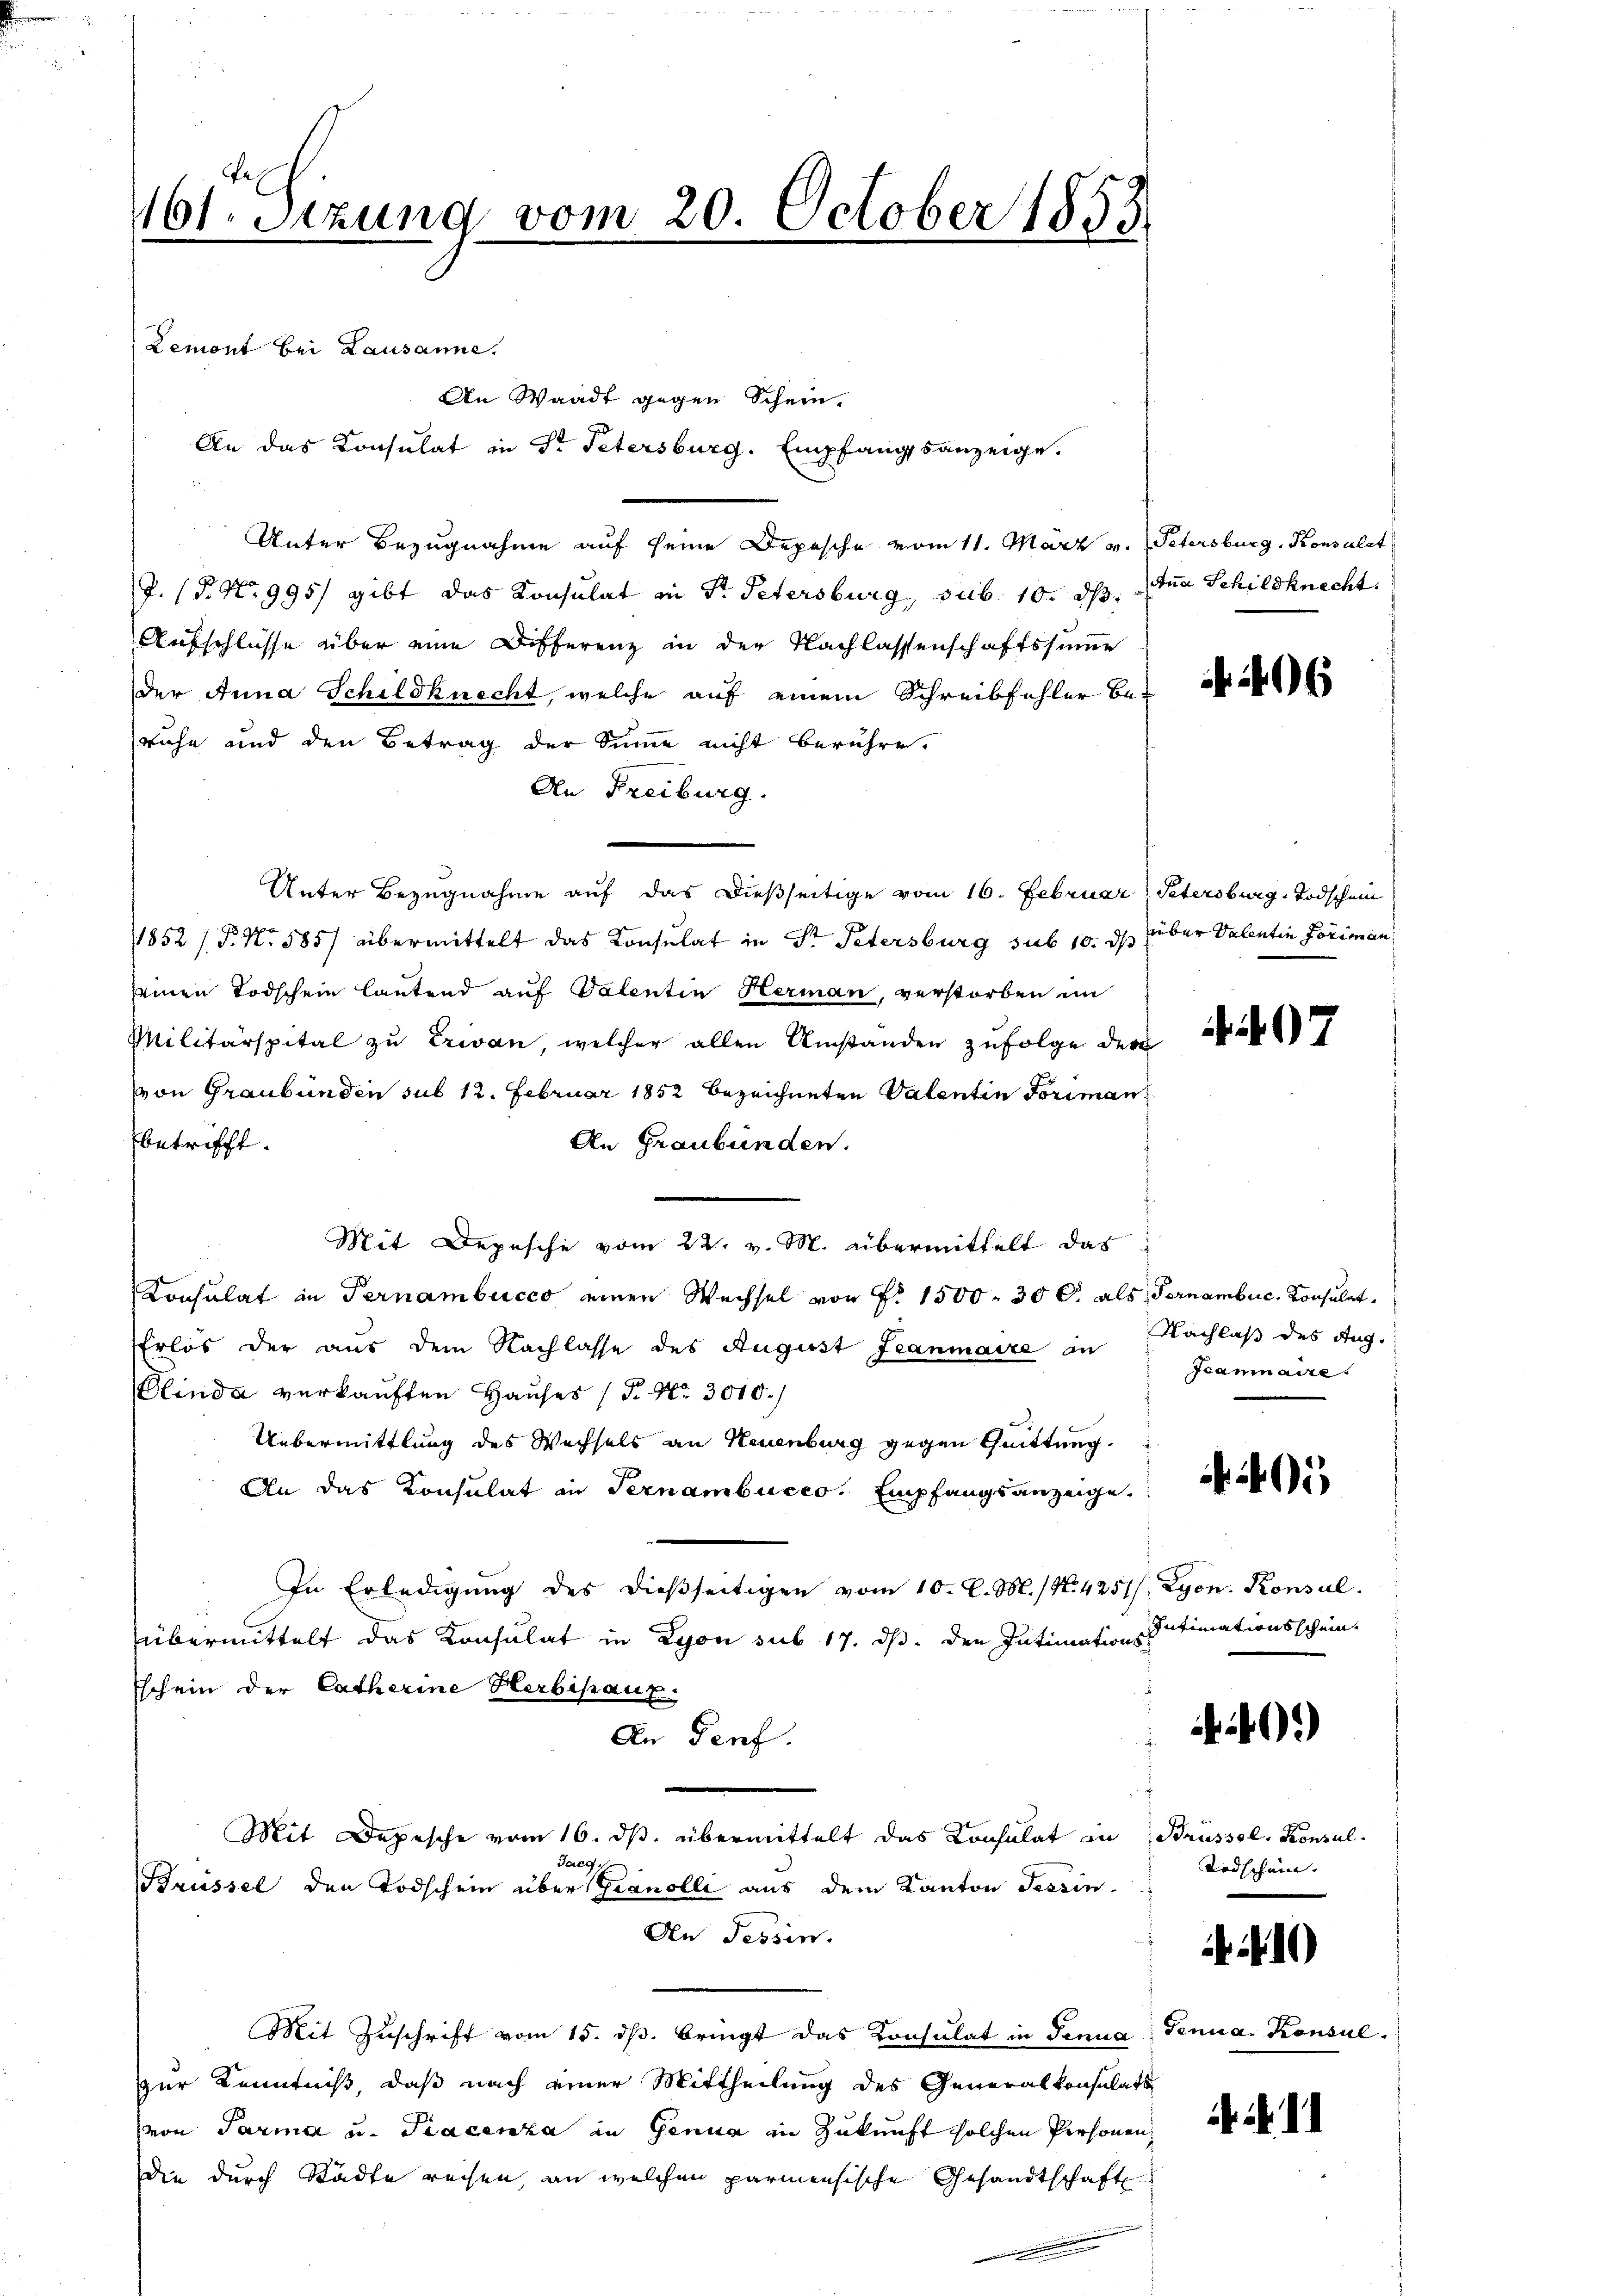
161. Setzung vom 20. October 1853
Lemont bei Lausanne.
An Waadt gegen Schein.
An das Konsulat in Dr. Petersburg. Empfangsanzeige.

Unter Bezugnahme auf seine Depesche vom 11. März v.
J. (T. No 995) gibt das Konsulat in Dr. Petersburg, sub. 10. ds. tua Schildknecht.
Aufschlüsse über eine Differenz in der Nachlassenschaftssumme
der Anna Schildknecht, welche auf einem Schreibfehler Be-
ruhe und den Betrag der Sinne nicht berühre.
An Freiburg.
1852 /.P. Nr. 585 übermittelt das Consulat in Dr. Petersburg sub 10. ds über Valentin Foriman
seinen Todschein lautend auf Valentin Herman, verstorben im
Militärspital zu Erwan, welcher allen Umstanden zufolge der
von Graubünden sub 12. Februar 1852 bezeichneten Valentin Foriman
betrifft.
An Graubünden.
Konsulat in Pernambucco einen Wechsel von Fr. 1500. 30 l. als Fernembuc, Konsulat
Erlös der aus dem Nachlasse des August Jeanmaire in
Elinda verkauften Hauses (T. Nr. 3010.)
Uebermittlung des Wechsels an Neuenburg gegen Quittung.
An das Consulat in Ternambucco, Empfangsanzeige
In Erledigŭng des dießseitigen vom 10. d. M. (N. 4251/ Lyon. Konsul
übermittelt das Konsulat in Lyon sub 17. ds. den Intimations-
Eschein der Catherine Herbisauf
An Genf.
Mit Depesche vom 16. ds. übermittelt das Consulat in
Jarg
Brüssel den Todschein über Granolli aus dem Kanton Tessin-
Den Tessin.
Mit Zuschrift vom 15. dß. bringt das Konsulat in Penna, Genua, Konsul-
zur Kenntniß, daß nach einer Mittheilung des Generalkonsulats
von Parma u. Tracenza in Genua in Zukunft solchen Personen,
Die durch Städte reisen, an welchen parmensische Gesandtschaft

Unter Bezugnahme auf das dießseitige vom 16. Februar Petersburg, Todschein

Mit Depesche vom 22. v. M. übermittelt das

Petersburg, Konsulat

6

97

Nachlaß des Aug.
Jeaninaire.

5

Intimationsschein.

40.)

Brüssel. Konsul
Todschein. |

10